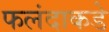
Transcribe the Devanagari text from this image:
फलंदाकडे